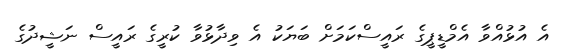
އެ އުޅުއްވާ އެމްޑީޕީގެ ރައީސްކަމަށް ބަޔަކު އެ ވިދާޅުވާ ކުރީގެ ރައީސް ނަޝީދުގެ